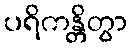
ပရိကန္တိတွာ